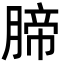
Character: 腣